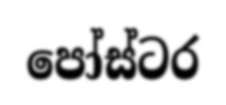
පෝස්ටර